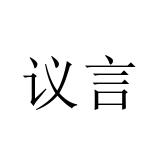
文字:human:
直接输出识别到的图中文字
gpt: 议言